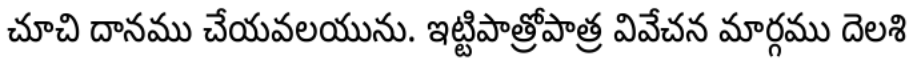
చూచి దానము చేయవలయును. ఇట్టిపాత్రోపాత్ర వివేచన మార్గము దెలశి